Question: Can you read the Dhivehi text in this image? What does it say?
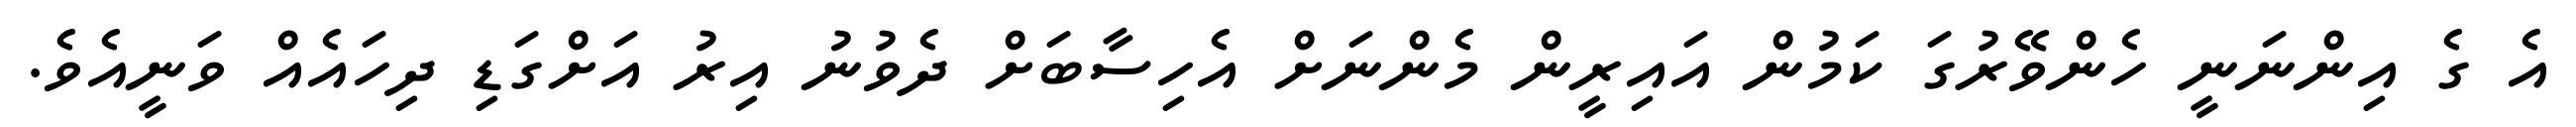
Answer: އެ ގެ އިންނަނީ ހެންވޭރުގަ ކަމުން އައިރީން މެންނަށް އެހިސާބަށް ދެވުނު އިރު އަށްގަޑި ދިހައެއް ވަނީއެވެ.